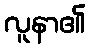
လူနာ၏